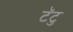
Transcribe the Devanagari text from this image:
टॅटु